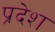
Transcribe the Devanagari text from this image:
प्रदेश